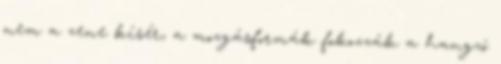
nem a zene kísér, a mozgásformák fokozzák a hangzó